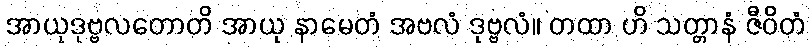
အာယုဒုဗ္ဗလတောတိ အာယု နာမေတံ အဗလံ ဒုဗ္ဗလံ။ တထာ ဟိ သတ္တာနံ ဇီဝိတံ